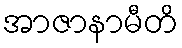
အာဇာနာမီတိ